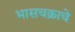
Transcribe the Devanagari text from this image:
भासचक्राचे